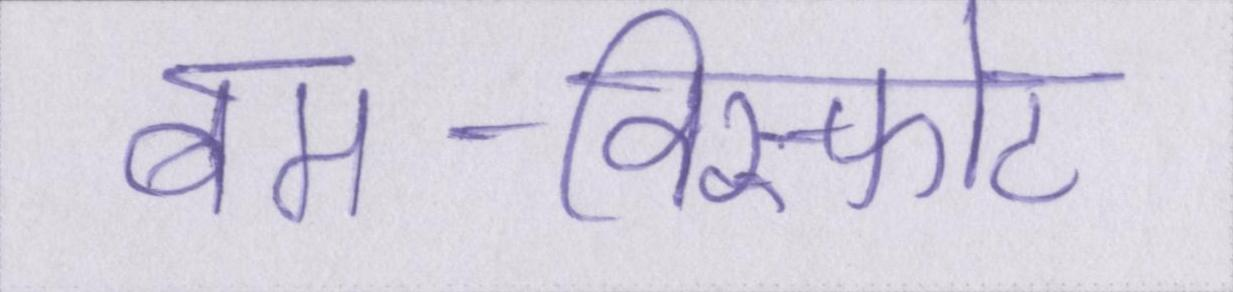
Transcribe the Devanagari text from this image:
बम-विस्फोट